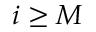
i \geq M